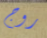
روج